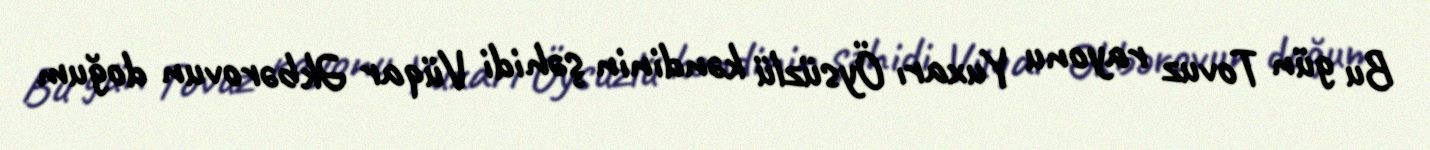
Bu gün Tovuz rayonu Yuxarı Öysüzlü kəndinin şəhidi Vüqar Əkbərovun doğum